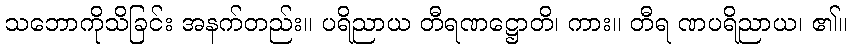
သဘောကိုသိခြင်း အနက်တည်း။ ပရိညာယ တီရဏဋ္ဌောတိ၊ ကား။ တီရ ဏပရိညာယ၊ ၏။